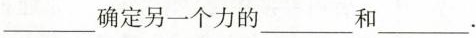
___确定另一个力的___和___.